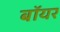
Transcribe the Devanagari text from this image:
बॉयर